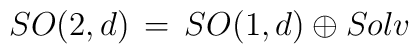
SO(2,d)\, =\, SO(1,d)\oplus Solv